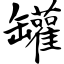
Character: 罐